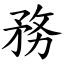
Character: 務